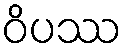
ဝိပဿ